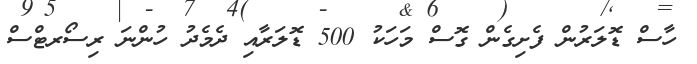
ހާސް ޑޮލަރުން ފެށިގެން ގޮސް މަހަކު 500 ޑޮލަރާއި ދެމެދު ހުންނަ ރިސޯރޓްސް